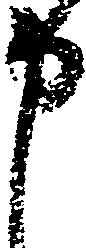
申